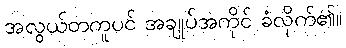
အလွယ်တကူပင် အချုပ်အကိုင် ခံလိုက်၏။